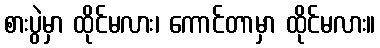
စားပွဲမှာ ထိုင်မလား၊ ကောင်တာမှာ ထိုင်မလား။